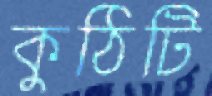
কুঠিটি